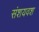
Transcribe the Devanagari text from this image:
संशयवश